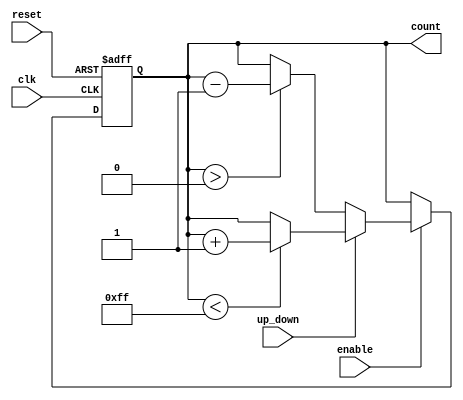
module up_down_counter (
    input wire clk,           // Clock signal
    input wire reset,         // Asynchronous reset signal
    input wire enable,        // Enable counting operation
    input wire up_down,       // Control signal (1 for up, 0 for down)
    output reg [7:0] count    // Current count value (8-bit)
);

// Define the maximum count value (255 for an 8-bit counter)
localparam MAX_COUNT = 8'd255;
localparam MIN_COUNT = 8'd0;

// Asynchronous reset with counting logic
always @(posedge clk or posedge reset) begin
    if (reset) begin
        count <= MIN_COUNT;  // Reset counter to zero
    end else if (enable) begin
        if (up_down) begin
            if (count < MAX_COUNT) begin
                count <= count + 1; // Increment count
            end
        end else begin
            if (count > MIN_COUNT) begin
                count <= count - 1; // Decrement count
            end
        end
    end
end

endmodule